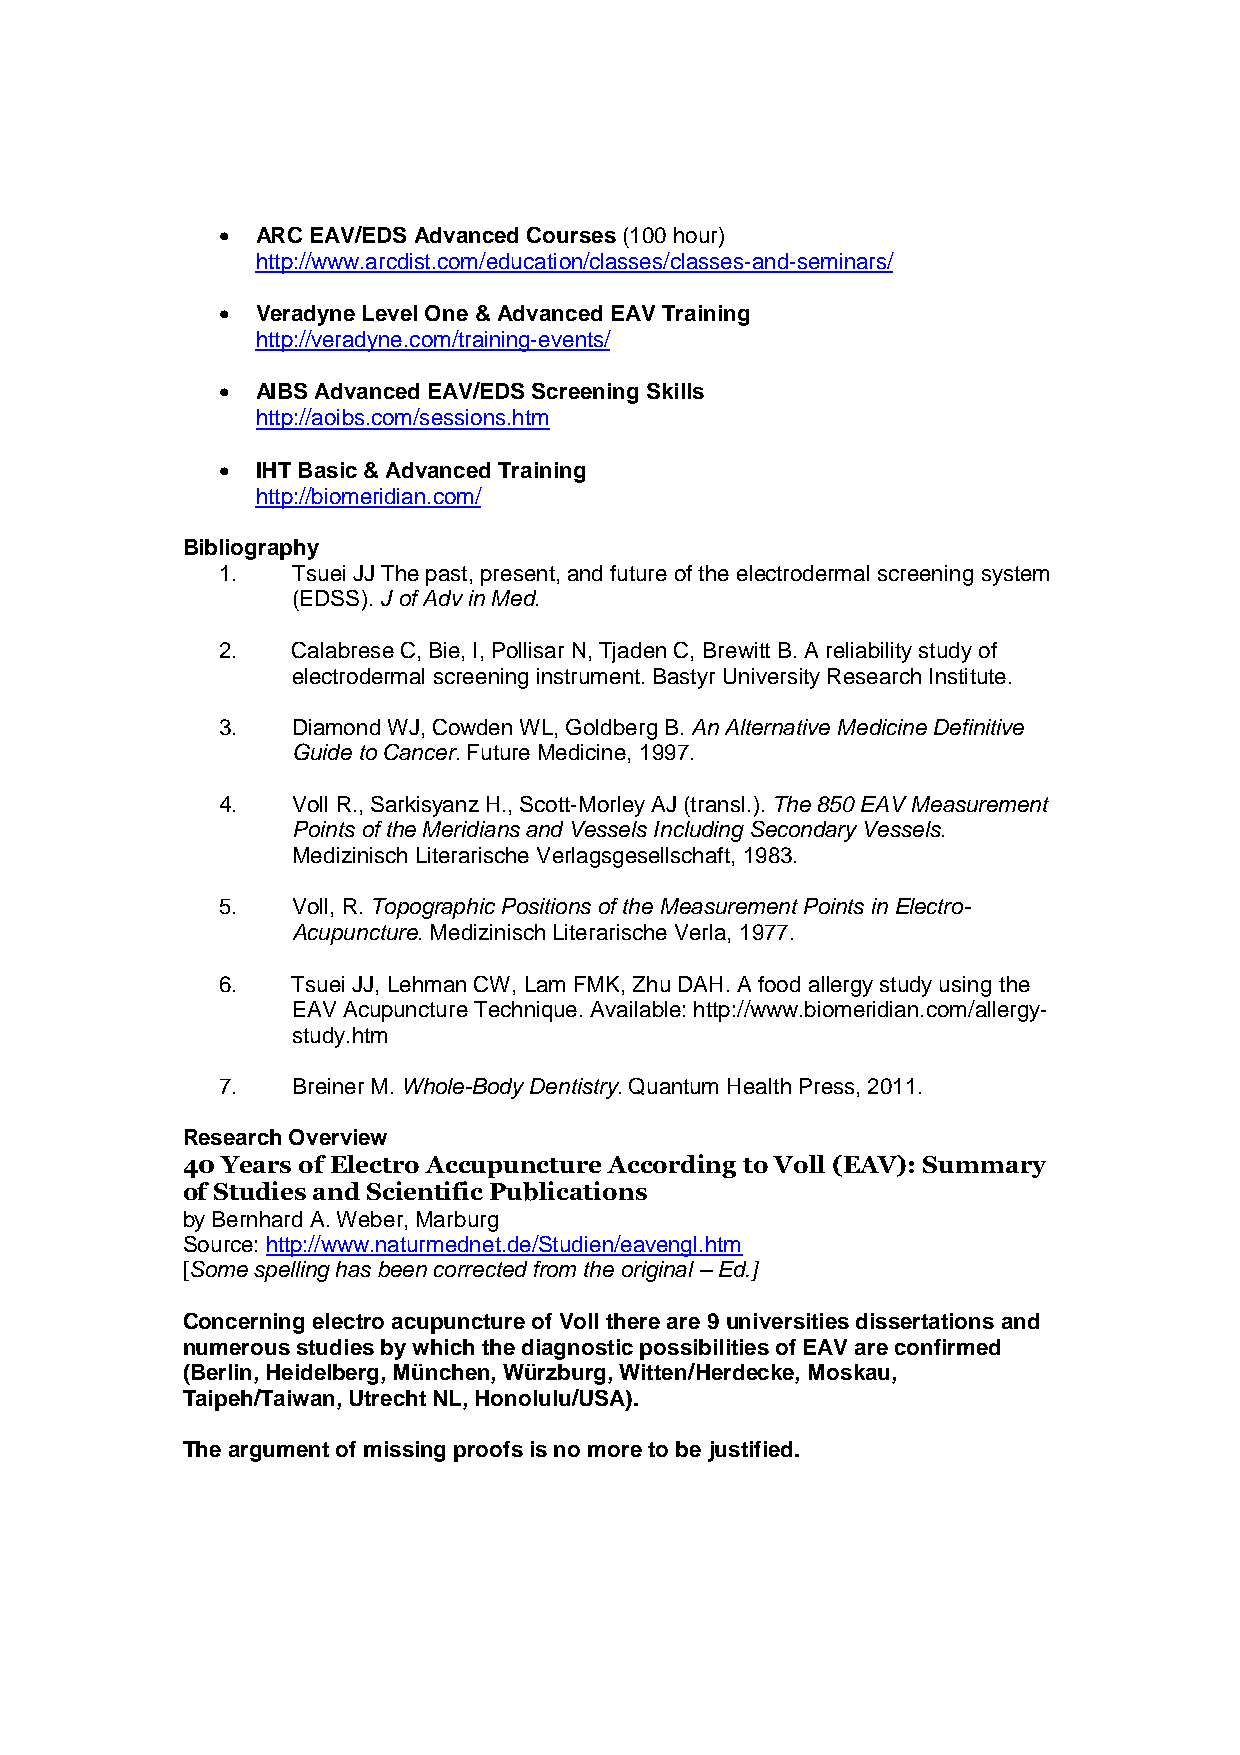
•  ARC EAV/EDS Advanced Courses (100 hour)
 http://www.arcdist.com/education/classes/classes-and-seminars/
 •  Veradyne Level One & Advanced EAV Training
 http://veradyne.com/training-events/
 •  AIBS Advanced EAV/EDS Screening Skills
 http://aoibs.com/sessions.htm
 •  IHT Basic & Advanced Training
 http://biomeridian.com/
 Bibliography
 1.   Tsuei JJ The past, present, and future of the electrodermal screening system
 (EDSS). J of Adv in Med.
 2.   Calabrese C, Bie, I, Pollisar N, Tjaden C, Brewitt B. A reliability study of
 electrodermal screening instrument. Bastyr University Research Institute.
 3.   Diamond WJ, Cowden WL, Goldberg B. An Alternative Medicine Definitive
 Guide to Cancer. Future Medicine, 1997.
 4.   Voll R., Sarkisyanz H., Scott-Morley AJ (transl.). The 850 EAV Measurement
 Points of the Meridians and Vessels Including Secondary Vessels.
 Medizinisch Literarische Verlagsgesellschaft, 1983.
 5.   Voll, R. Topographic Positions of the Measurement Points in Electro-
 Acupuncture. Medizinisch Literarische Verla, 1977.
 6.   Tsuei JJ, Lehman CW, Lam FMK, Zhu DAH. A food allergy study using the
 EAV Acupuncture Technique. Available: http://www.biomeridian.com/allergy-
 study.htm
 7.   Breiner M. Whole-Body Dentistry. Quantum Health Press, 2011.
 Research Overview
 40 Years of Electro Accupuncture According to Voll (EAV): Summary
 of Studies and Scientific Publications
 by Bernhard A. Weber, Marburg
 Source: http://www.naturmednet.de/Studien/eavengl.htm
 [Some spelling has been corrected from the original – Ed.]
 Concerning electro acupuncture of Voll there are 9 universities dissertations and
 numerous studies by which the diagnostic possibilities of EAV are confirmed
 (Berlin, Heidelberg, München, Würzburg, Witten/Herdecke, Moskau,
 Taipeh/Taiwan, Utrecht NL, Honolulu/USA).
 The argument of missing proofs is no more to be justified.